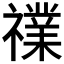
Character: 𱵬